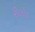
રીલોડ